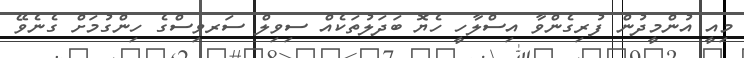
މިއީ އުންމީދުން ފުރިގެންވާ އިސްލާހީ ހެޔޮ ބަދަލުތަކެއް ސިވިލް ސަރވިސްގެ ހިންގުމަށް ގެނެވޭ